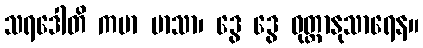
သရဒေါတိ ကမာ မာသာ၊ ဒွေ ဒွေ ဝုတ္တာနုသာရေန။